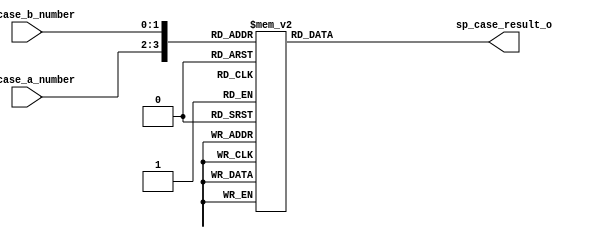

`timescale 1ns / 1ps
//////////////////////////////////////////////////////////////////////////////////
// Company: 
// Engineer: 
// 
// Design Name: 
// Module Name:    special_cases_mul
// Project Name: 
// Target Devices: 
// Tool versions: 
// Description: 
//
// Dependencies: 
//
// Revision: 
// Revision 0.01 - File Created
// Additional Comments: 
//
//////////////////////////////////////////////////////////////////////////////////
module special_cases_mul	#(	parameter size_exception_field = 2'd2,
								parameter [size_exception_field - 1 : 0] zero = 0, //00
								parameter [size_exception_field - 1 : 0] normal_number 	= 1, //01
								parameter [size_exception_field - 1 : 0] infinity		= 2, //10
								parameter [size_exception_field - 1 : 0] NaN			= 3) //11
							( 	input [size_exception_field - 1 : 0] sp_case_a_number,
								input [size_exception_field - 1 : 0] sp_case_b_number,
								output reg [size_exception_field - 1 : 0] sp_case_result_o); 
 
	always
		@(*)
	begin
		case ({sp_case_a_number, sp_case_b_number})
			{zero, zero}: 						sp_case_result_o = zero; 
			{zero, normal_number}: 				sp_case_result_o = zero;
			{zero, infinity}: 					sp_case_result_o = NaN;
			{zero, NaN}: 						sp_case_result_o = NaN;
						
			{normal_number,zero}:				sp_case_result_o = zero; 
			{normal_number,normal_number}:		sp_case_result_o = normal_number;
			{normal_number,infinity}:			sp_case_result_o = infinity; 
			{normal_number,NaN}:				sp_case_result_o = NaN; 
				
			{infinity, zero}: 					sp_case_result_o = NaN; 
			{infinity, normal_number}: 			sp_case_result_o = infinity; 
			{infinity, infinity}: 				sp_case_result_o = NaN; 
			{infinity, NaN}: 					sp_case_result_o = NaN; 
				
			{NaN, zero}: 						sp_case_result_o = NaN; 
			{NaN, normal_number}: 				sp_case_result_o = NaN; 
			{NaN, infinity}: 					sp_case_result_o = NaN; 
			{NaN, NaN}: 						sp_case_result_o = NaN; 
			
			default:							sp_case_result_o = zero;
		endcase
	end
 
endmodule